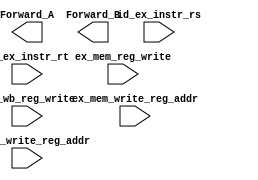
module EX_Forwarding_unit(
    input ex_mem_reg_write,
    input [4:0] ex_mem_write_reg_addr,
    input [4:0] id_ex_instr_rs,
    input [4:0] id_ex_instr_rt,
    input mem_wb_reg_write,
    input [4:0] mem_wb_write_reg_addr,
    output reg [1:0] Forward_A,
    output reg [1:0] Forward_B
    );
    
    always @(*)  
    begin
	// Write your code here that calculates the values of Forward_A and Forward_B
    end 

endmodule